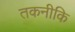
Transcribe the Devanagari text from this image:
तकनीकि